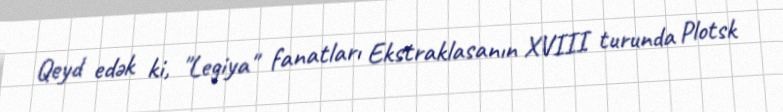
Qeyd edək ki, "Legiya" fanatları Ekstraklasanın XVIII turunda Plotsk